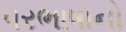
પરભાષાનો